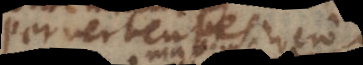
pervertentes omnia